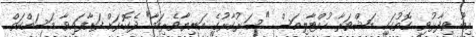
އިބޫ ވިދާޅުވި ގޮތުގައި މަޝްވަރާ ހުއްޓާލިއަސް "ސަރުކާރުގެ އަނިޔާވެރިކަމާ" ދެކޮޅަށް ފަށާފައިވާ މަސައްކަތް